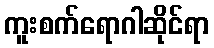
ကူးစက်ရောဂါဆိုင်ရာ